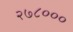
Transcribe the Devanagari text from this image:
२७८०००